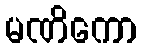
မဏိကော